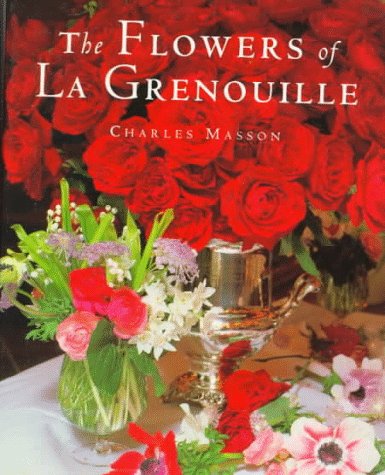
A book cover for The Flowers of La Grenouille; Charles Masson; Crafts, Hobbies & Home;